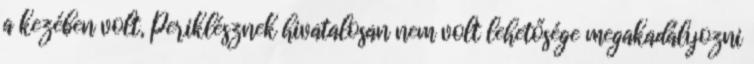
a kezében volt, Periklésznek hivatalosan nem volt lehetősége megakadályozni